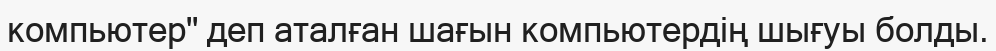
компьютер" деп аталған шағын компьютердің шығуы болды.